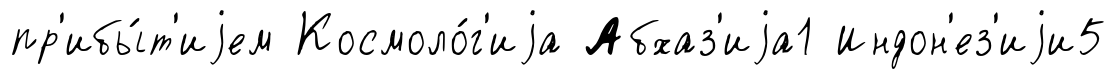
пр'ибы́т'иjем Космоло́г'иjа Абхаз'иjа1 Индон'ез'иjи5